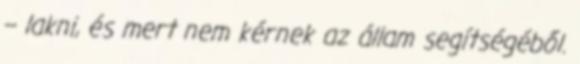
– lakni, és mert nem kérnek az állam segítségéből.